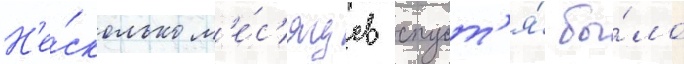
Н'е́сколько м'е́с'яцев спуст'я́ бы́ло